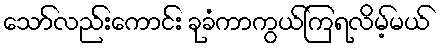
သော်လည်းကောင်း ခုခံကာကွယ်ကြရလိမ့်မယ်